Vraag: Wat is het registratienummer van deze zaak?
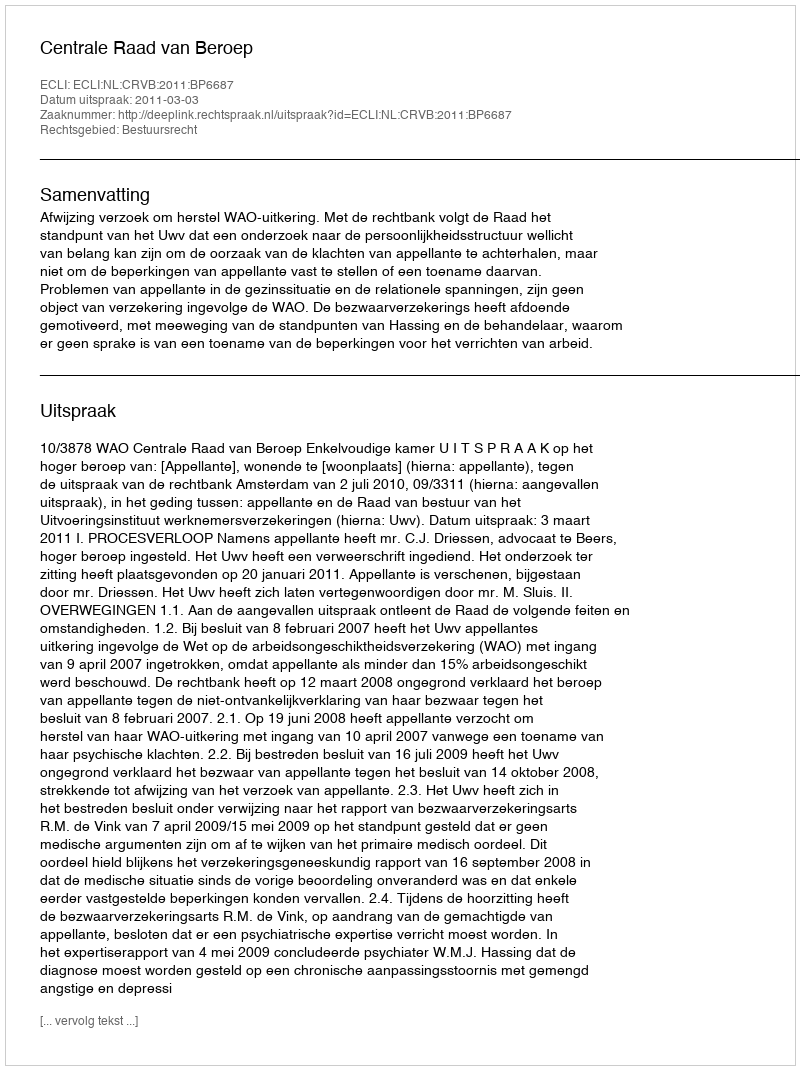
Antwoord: http://deeplink.rechtspraak.nl/uitspraak?id=ECLI:NL:CRVB:2011:BP6687